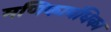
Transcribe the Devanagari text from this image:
मणिकाबंधिका